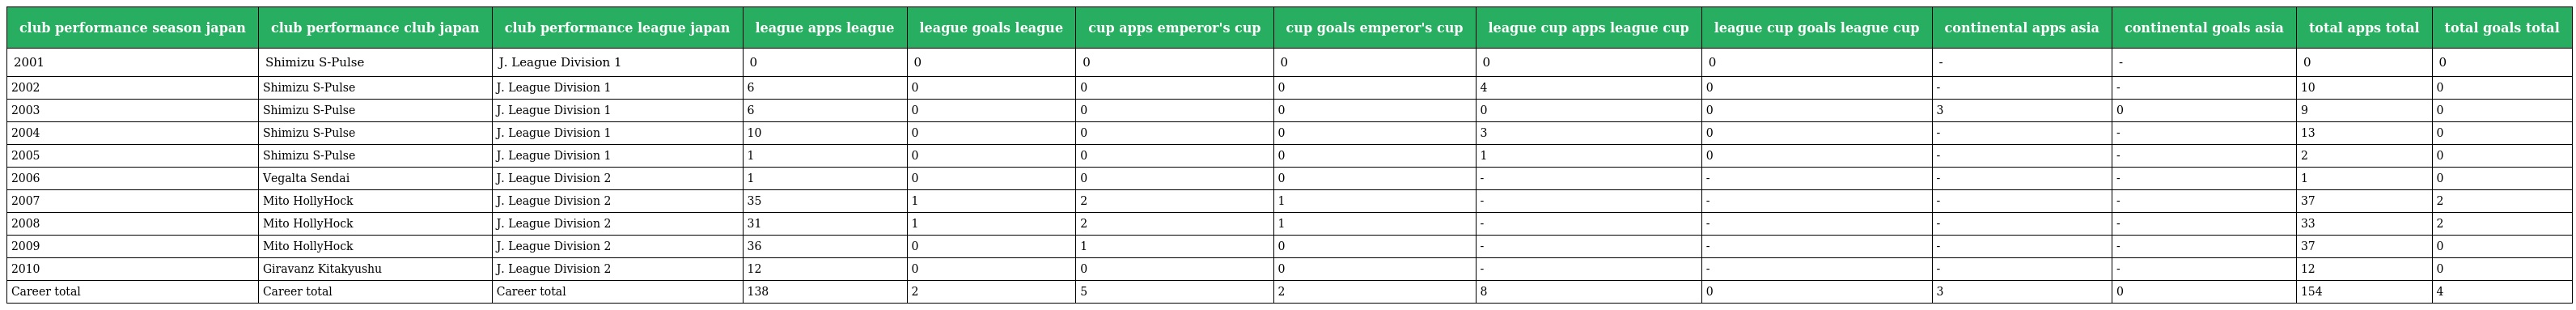
| club performance season japan | club performance club japan | club performance league japan | league apps league | league goals league | cup apps emperor's cup | cup goals emperor's cup | league cup apps league cup | league cup goals league cup | continental apps asia | continental goals asia | total apps total | total goals total |
 | --- | --- | --- | --- | --- | --- | --- | --- | --- | --- | --- | --- | --- |
 | 2001 | Shimizu S-Pulse | J. League Division 1 | 0 | 0 | 0 | 0 | 0 | 0 | - | - | 0 | 0 |
 | 2002 | Shimizu S-Pulse | J. League Division 1 | 6 | 0 | 0 | 0 | 4 | 0 | - | - | 10 | 0 |
 | 2003 | Shimizu S-Pulse | J. League Division 1 | 6 | 0 | 0 | 0 | 0 | 0 | 3 | 0 | 9 | 0 |
 | 2004 | Shimizu S-Pulse | J. League Division 1 | 10 | 0 | 0 | 0 | 3 | 0 | - | - | 13 | 0 |
 | 2005 | Shimizu S-Pulse | J. League Division 1 | 1 | 0 | 0 | 0 | 1 | 0 | - | - | 2 | 0 |
 | 2006 | Vegalta Sendai | J. League Division 2 | 1 | 0 | 0 | 0 | - | - | - | - | 1 | 0 |
 | 2007 | Mito HollyHock | J. League Division 2 | 35 | 1 | 2 | 1 | - | - | - | - | 37 | 2 |
 | 2008 | Mito HollyHock | J. League Division 2 | 31 | 1 | 2 | 1 | - | - | - | - | 33 | 2 |
 | 2009 | Mito HollyHock | J. League Division 2 | 36 | 0 | 1 | 0 | - | - | - | - | 37 | 0 |
 | 2010 | Giravanz Kitakyushu | J. League Division 2 | 12 | 0 | 0 | 0 | - | - | - | - | 12 | 0 |
 | Career total | Career total | Career total | 138 | 2 | 5 | 2 | 8 | 0 | 3 | 0 | 154 | 4 |